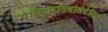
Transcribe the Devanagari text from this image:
पेरिकार्डियोसेंटेसिस